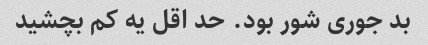
بد جوری شور بود. حد اقل یه کم بچشید